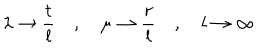
LaTeX: \lambda \to \frac { t } { l } \quad , \quad \mu \to \frac { r } { l } \quad , \quad l \to \infty